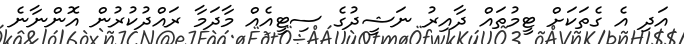
އަދި އެ ގެތަކަށް ޓީމުތައް ދާއިރު ނަޝީދުގެ ސިޓީއެއް މާދަމާ ރައްދުކުރުން އޮންނާނެ